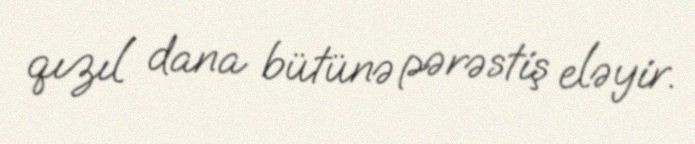
qızıl dana bütünə pərəstiş eləyir.